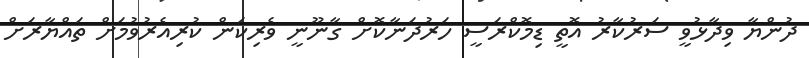
ދުންޔާ ވިދާޅުވީ ސަރުކާރު އޮތީ ޑިމޮކްރަސީ ހަރުދަނާކޮށް ގާނޫނީ ވެރިކަން ކުރިއެރުވުމަށް ތައްޔާރަށް